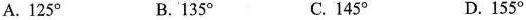
A.125° B.135° C.145° D.155°